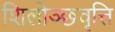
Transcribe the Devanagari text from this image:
शिलोञ्छवृत्ति